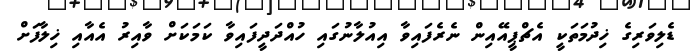
ޑެލިވަރިގެ ޚިދުމަތަކީ އެޗްޕީއޭއިން ނެރެފައިވާ އިއުލާނުގައި ހުއްދަދީފައިވާ ކަމަކަށް ވާއިރު އެއާއި ޚިލާފަށް